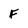
Character: F